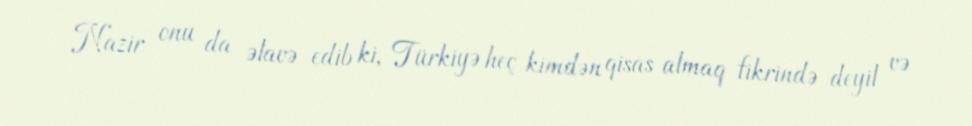
Nazir onu da əlavə edib ki, Türkiyə heç kimdən qisas almaq fikrində deyil və